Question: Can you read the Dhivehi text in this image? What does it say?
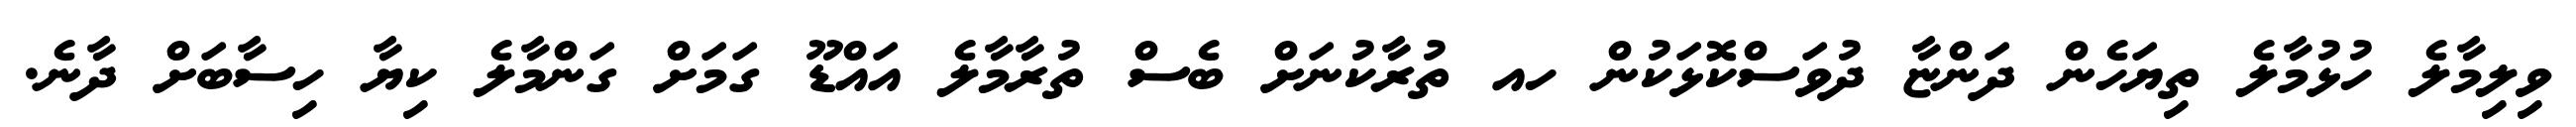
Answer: ވިލިމާލެ ހުޅުމާލެ ތިޔަހެން ދަންޏާ ދުވަސްކޮޅަކުން ހއ ތުރާކުނަށް ބެސް ތުރާމާލެ އައްޑޫ ގަމަށް ގަންމާލެ ކިޔާ ހިސާބަށް ދާނެ.